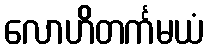
လောဟိတင်္ကမယံ